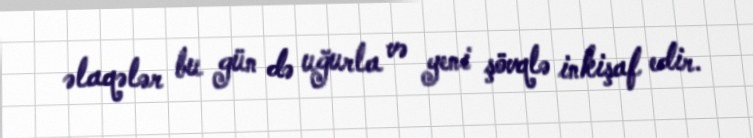
əlaqələr bu gün də uğurla və yeni şövqlə inkişaf edir.